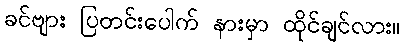
ခင်ဗျား ပြတင်းပေါက် နားမှာ ထိုင်ချင်လား။